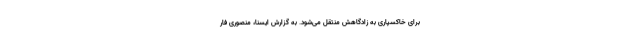
برای خاکسپاری به زادگاهش منتقل می‌شود. به گزارش ایسنا، منصوری فار